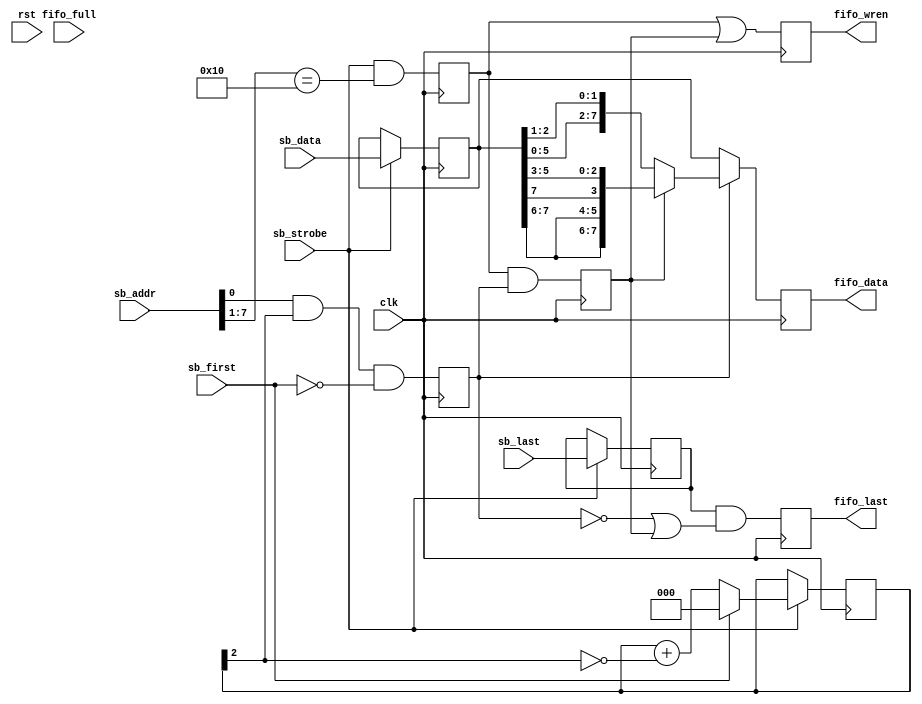
/*
 * pkt_spi_write.v
 *
 * vim: ts=4 sw=4
 *
 * Copyright (C) 2019  Sylvain Munaut <tnt@246tNt.com>
 * All rights reserved.
 *
 * BSD 3-clause, see LICENSE.bsd
 *
 * Redistribution and use in source and binary forms, with or without
 * modification, are permitted provided that the following conditions are met:
 *     * Redistributions of source code must retain the above copyright
 *       notice, this list of conditions and the following disclaimer.
 *     * Redistributions in binary form must reproduce the above copyright
 *       notice, this list of conditions and the following disclaimer in the
 *       documentation and/or other materials provided with the distribution.
 *     * Neither the name of the <organization> nor the
 *       names of its contributors may be used to endorse or promote products
 *       derived from this software without specific prior written permission.
 *
 * THIS SOFTWARE IS PROVIDED BY THE COPYRIGHT HOLDERS AND CONTRIBUTORS "AS IS" AND
 * ANY EXPRESS OR IMPLIED WARRANTIES, INCLUDING, BUT NOT LIMITED TO, THE IMPLIED
 * WARRANTIES OF MERCHANTABILITY AND FITNESS FOR A PARTICULAR PURPOSE ARE
 * DISCLAIMED. IN NO EVENT SHALL <COPYRIGHT HOLDER> BE LIABLE FOR ANY
 * DIRECT, INDIRECT, INCIDENTAL, SPECIAL, EXEMPLARY, OR CONSEQUENTIAL DAMAGES
 * (INCLUDING, BUT NOT LIMITED TO, PROCUREMENT OF SUBSTITUTE GOODS OR SERVICES;
 * LOSS OF USE, DATA, OR PROFITS; OR BUSINESS INTERRUPTION) HOWEVER CAUSED AND
 * ON ANY THEORY OF LIABILITY, WHETHER IN CONTRACT, STRICT LIABILITY, OR TORT
 * (INCLUDING NEGLIGENCE OR OTHERWISE) ARISING IN ANY WAY OUT OF THE USE OF THIS
 * SOFTWARE, EVEN IF ADVISED OF THE POSSIBILITY OF SUCH DAMAGE.
 */

`default_nettype none

module pkt_spi_write #(
	parameter BASE = 8'h20
)(
	// SPI 'simple bus'
	input  wire [7:0] sb_addr,
	input  wire [7:0] sb_data,
	input  wire sb_first,
	input  wire sb_last,
	input  wire sb_strobe,

	// Packet FIFO write
	output reg  [7:0] fifo_data,
	output reg  fifo_last,
	output reg  fifo_wren,
	input  wire fifo_full,

	// Clock / Reset
	input  wire clk,
	input  wire rst
);
	// Signals
	reg [7:0] data;
	reg first;
	reg last;

	reg [2:0] cnt;

	reg [7:0] data_mux;

	reg hit_ena;
	reg hit_type;
	reg hit_ext;

	// Decode 'hits'
	always @(posedge clk)
	begin
		hit_ena  <= sb_strobe & (sb_addr[7:1] == (BASE >> 1));
		hit_type <= sb_addr[0] & cnt[2] & ~sb_first;
		hit_ext  <= hit_ena & hit_type;
	end

	// Register data
	always @(posedge clk)
		if (sb_strobe) begin
			data  <= sb_data;
			first <= sb_first;
			last  <= sb_last;
		end

	// Position counter
	always @(posedge clk)
		if (sb_strobe) begin
			if (sb_first)
				cnt <= 0;
			else
				cnt <= cnt + { 3'b000, ~cnt[2] };
		end

	// Data Mux
	always @(*)
		if (~hit_type)
			// RAW
			data_mux = data;
		else if (~hit_ext)
			// Ext First byte
//			data_mux = { data[4:2], data[1:0], data[1:0], data[1] };
			data_mux = { data[5:3], data[2:0], data[2:1] };
		else
			// Ext Second byte
//			data_mux = { data[7:5], data[7:6], data[4:2] };
			data_mux = { data[7:6], data[7:6], data[7], data[5:3] };

	// FIFO interface
	always @(posedge clk)
	begin
		fifo_data <= data_mux;
		fifo_last <= last & (~hit_type | hit_ext);
		fifo_wren <= hit_ena | hit_ext;
	end

endmodule // pkt_spi_write